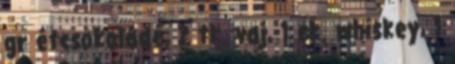
gr étcsokoládé, 2 tk. vaj, 1 ek. whiskey, 1